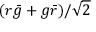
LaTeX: ( r { \bar { g } } + g { \bar { r } } ) / { \sqrt { 2 } }